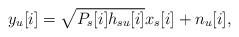
LaTeX: \begin{align*}y_{u}[i] = \sqrt{P_{s}[i]h_{su}[i]}x_{s}[i] + n_{u}[i],\end{align*}